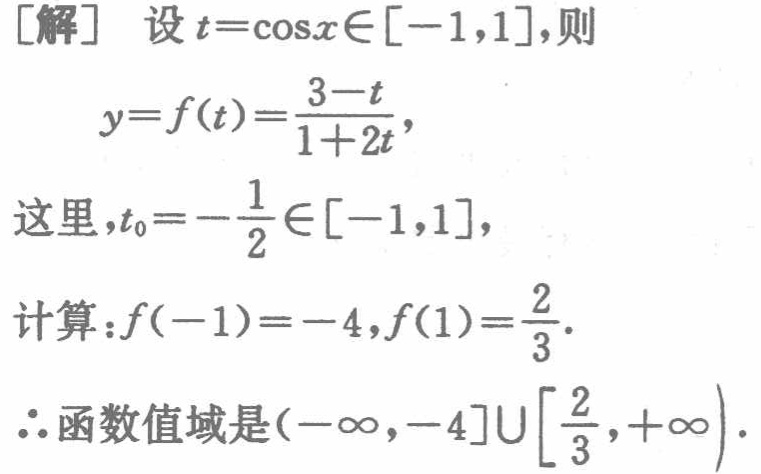
\[

\begin{align*}

&[解]\ 设t = \cos x\in[-1,1],则\\

&y = f(t)=\frac{3 - t}{1 + 2t},\\

&这里,t_0=-\frac{1}{2}\in[-1,1],\\

&计算：f(-1)=-4,f(1)=\frac{2}{3}.\\

&\therefore函数值域是(-\infty,-4]\cup\left[\frac{2}{3},+\infty\right).

\end{align*}

\]